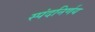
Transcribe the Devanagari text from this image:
स्पंदनिर्णय